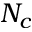
N _ { c }